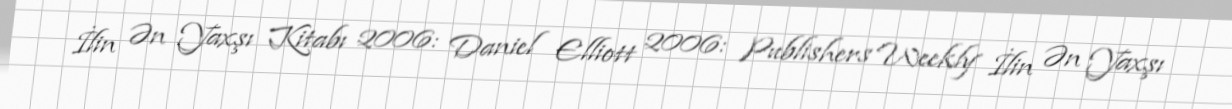
İlin Ən Yaxşı Kitabı 2006: Daniel Elliott 2006: Publishers Weekly İlin Ən Yaxşı